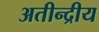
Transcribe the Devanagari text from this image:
अतीन्‍द्रीय